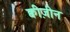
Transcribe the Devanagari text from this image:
क्वीज़ीन